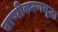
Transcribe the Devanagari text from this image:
बाष्पीकरणसुद्धा